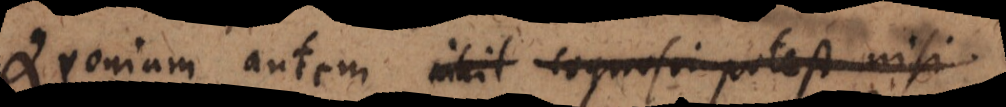
Quoniam autem nihil cognosci potest nisi